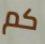
كم